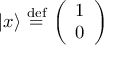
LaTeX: | x \rangle \ { \stackrel { \mathrm { d e f } } { = } } \ { \left( \begin{array} { l } { 1 } \\ { 0 } \end{array} \right) }